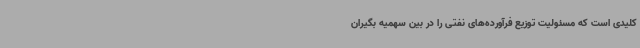
کلیدی است که مسئولیت توزیع فرآورده‌های نفتی را در بین سهمیه بگیران